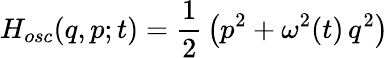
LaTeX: H_{osc}(q,p;t)={\frac{1}{2}}\left(p^{2}+\omega^{2}(t)\, q^{2}\right)